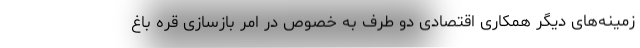
زمینه‌های دیگر همکاری اقتصادی دو طرف به خصوص در امر بازسازی قره باغ